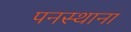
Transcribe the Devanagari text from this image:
पनस्थाना